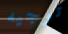
توجيه